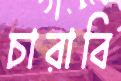
চারাবি